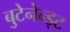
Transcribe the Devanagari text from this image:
बुटेनेन्ड्ट